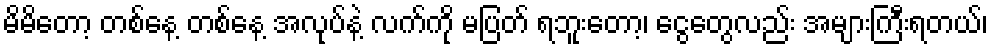
မိမိတော့ တစ်နေ့ တစ်နေ့ အလုပ်နဲ့ လက်ကို မပြတ် ရဘူးတော့၊ ငွေတွေလည်း အများကြီးရတယ်၊